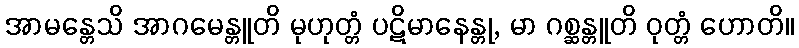
အာမန္တေသိ အာဂမေန္တူတိ မုဟုတ္တံ ပဋိမာနေန္တု, မာ ဂစ္ဆန္တူတိ ဝုတ္တံ ဟောတိ။